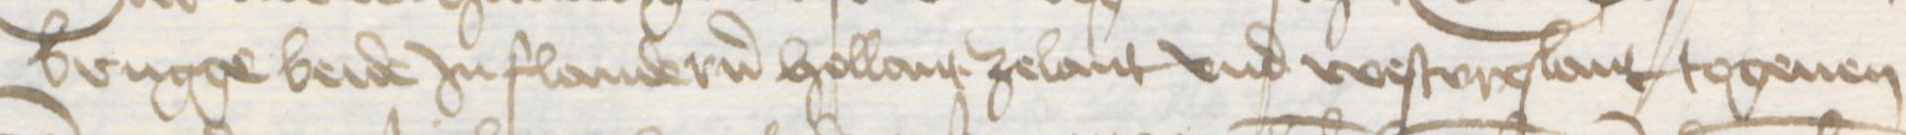
Brugge beide Jn Flandern Hollant Zelant vnd Westvreslant togeuen